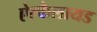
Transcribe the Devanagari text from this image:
ऐल्कैलायड